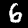
Label: 6